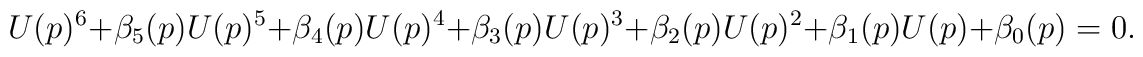
U (p)^6+ \beta_5(p) U (p)^5 + \beta_4(p) U(p)^4 + \beta_3(p) U(p)^3 + \beta_2(p) U(p)^2 + \beta_1(p) U(p) + \beta_0(p)  = 0.